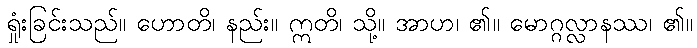
ရှုံးခြင်းသည်။ ဟောတိ၊ နည်း။ ဣတိ၊ သို့။ အာဟ၊ ၏။ မောဂ္ဂလ္လာနဿ၊ ၏။